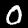
Label: 0